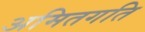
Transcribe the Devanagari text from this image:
अमितगति